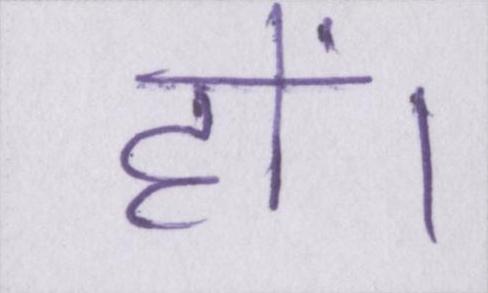
हों।